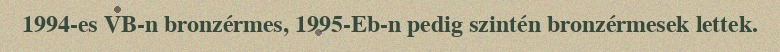
1994-es VB-n bronzérmes, 1995-Eb-n pedig szintén bronzérmesek lettek.